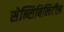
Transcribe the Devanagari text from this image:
सेन्सिबिलिटीझ